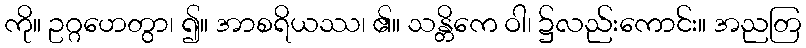
ကို။ ဥဂ္ဂဟေတွာ၊ ၍။ အာစရိယဿ၊ ၏။ သန္တိကေ ဝါ၊ ၌လည်းကောင်း။ အညတြ